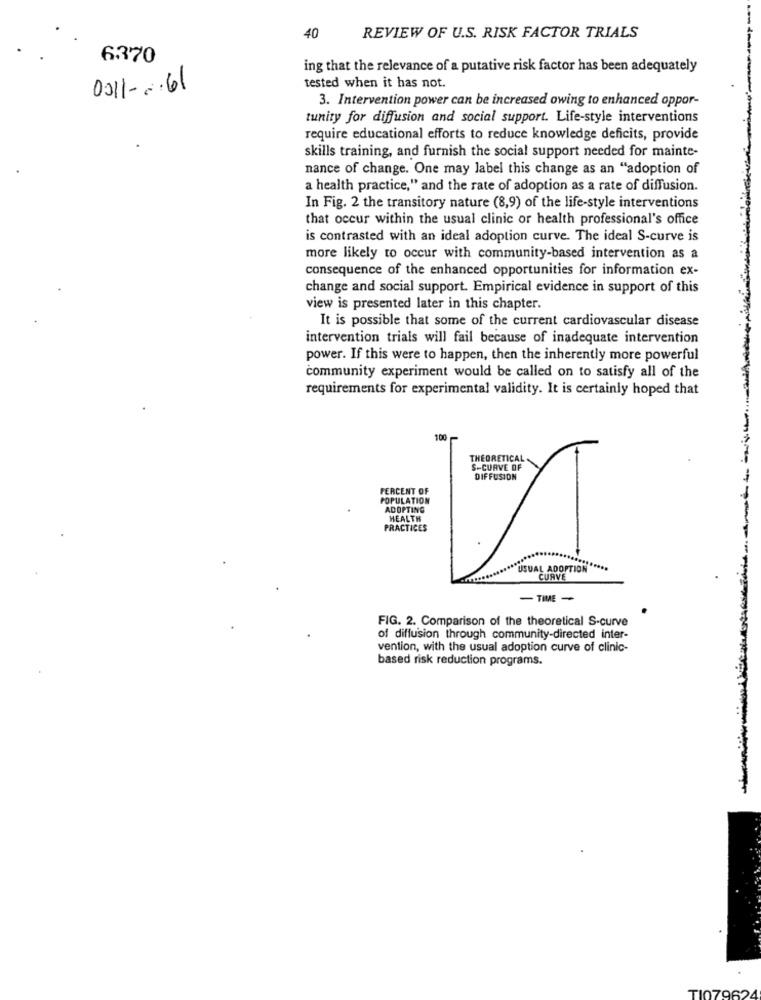
40
REVIEW OF U.S. RISK FACTOR TRIALS
6.370
ing that the relevance of a putative risk factor has been adequately
0011-0.61
tested when it has not.
3. Intervention power can be increased owing to enhanced oppor-
tunity for diffusion and social support. Life-style interventions
require educational efforts to reduce knowledge deficits, provide
skills training, and furnish the social support needed for mainte-
nance of change. One may label this change as an "adoption of
a health practice," and the rate of adoption as a rate of diffusion.
In Fig. 2 the transitory nature (8,9) of the life-style interventions
that occur within the usual clinic or health professional's office
is contrasted with an ideal adoption curve. The ideal S-curve is
more likely to occur with community-based intervention as a
consequence of the enhanced opportunities for information ex-
change and social support. Empirical evidence in support of this
view is presented later in this chapter.
It is possible that some of the current cardiovascular disease
intervention trials will fail because of inadequate intervention
power. If this were to happen, then the inherently more powerful
community experiment would be called on to satisfy all of the
requirements for experimental validity. It is certainly hoped that
100
THEORETICAL
S-CURVE OF
DIFFUSION
PERCENT OF
POPULATION
ADOPTING
HEALTH
PRACTICES
USUAL ADOPTION
CURVE
-TIME -
FIG. 2. Comparison of the theoretical S-curve
of diffusion through community-directed inter-
vention, with the usual adoption curve of clinic-
based risk reduction programs.